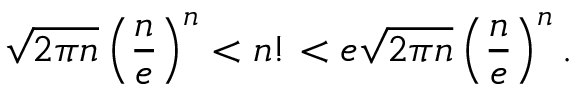
\sqrt { 2 \pi n } \left( \frac { n } { e } \right) ^ { n } < n ! < e \sqrt { 2 \pi n } \left( \frac { n } { e } \right) ^ { n } .